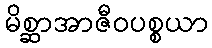
မိစ္ဆာအာဇီဝပစ္စယာ